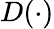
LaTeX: D(\cdot)